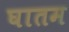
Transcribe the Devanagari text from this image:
घातम